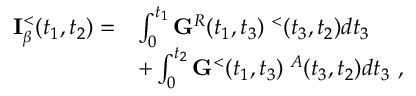
\begin{array} { r l } { { \bf I } _ { \beta } ^ { < } ( t _ { 1 } , t _ { 2 } ) = } & { \int _ { 0 } ^ { t _ { 1 } } { \bf G } ^ { R } ( t _ { 1 } , t _ { 3 } ) { \bf \Sigma } ^ { < } ( t _ { 3 } , t _ { 2 } ) d t _ { 3 } } \\ & { + \int _ { 0 } ^ { t _ { 2 } } { \bf G } ^ { < } ( t _ { 1 } , t _ { 3 } ) { \bf \Sigma } ^ { A } ( t _ { 3 } , t _ { 2 } ) d t _ { 3 } ~ , } \end{array}